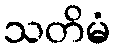
သတိမံ